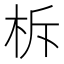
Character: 柝